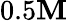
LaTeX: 0.5\mathbf{M}